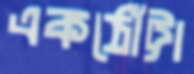
একঠোঁট্টা